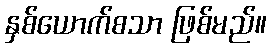
နှစ်ယောက်စသာ ဖြစ်မည်။